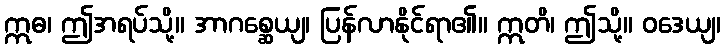
ဣဓ၊ ဤအရပ်သို့။ အာဂစ္ဆေယျ၊ ပြန်လာနိုင်ရာ၏။ ဣတိ၊ ဤသို့။ ဝဒေယျ၊